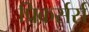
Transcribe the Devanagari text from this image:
प्रिकर्सर्स